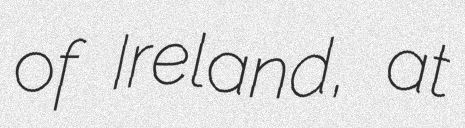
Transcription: of Ireland, at